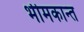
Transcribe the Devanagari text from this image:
भीमकान्त